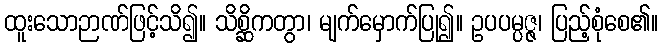
ထူးသောဉာဏ်ဖြင့်သိ၍။ သိစ္ဆိကတွာ၊ မျက်မှောက်ပြု၍။ ဥပပမ္ပဇ္ဇ၊ ပြည့်စုံစေ၏။